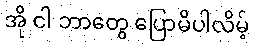
အို ငါ ဘာတွေ ပြောမိပါလိမ့်